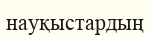
науқыстардың